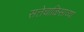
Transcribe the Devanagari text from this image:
सत्तेचाळिसाव्या